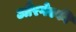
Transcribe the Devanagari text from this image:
औंरगेस्की